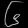
Digit: ၆